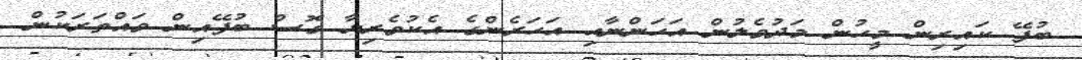
ބުފޭ ކައިރިން މީހުން މަދުވެލުުން އަހަންނާއި އަހަރެންގެ އެކުވެރިޔާ ގޮސް ބުފޭއިން ވައްތަރަކުން